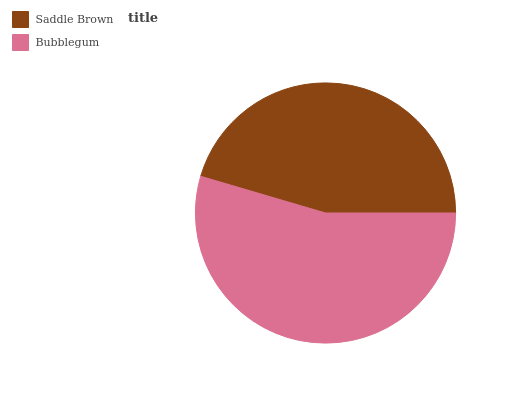
| Saddle Brown | Bubblegum |
 | --- | --- |
 | 45.5% | 54.5% |